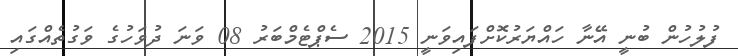
ފުލުހުން ބުނީ އޭނާ ހައްޔަރުކޮށްފައިވަނީ 2015 ސެޕްޓެމްބަރު 08 ވަނަ ދުވަހުގެ ވަގުތެއްގައި